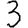
Digit: 3